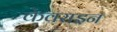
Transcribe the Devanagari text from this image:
केवराइन